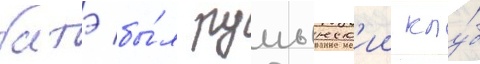
батэ бы́л румынск'ии клу́б